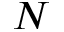
N